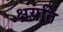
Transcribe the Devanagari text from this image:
क्षयति